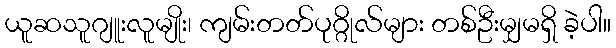
ယူဆသူဂျူးလူမျိုး၊ ကျမ်းတတ်ပုဂ္ဂိုလ်များ တစ်ဦးမျှမရှိ ခဲ့ပါ။